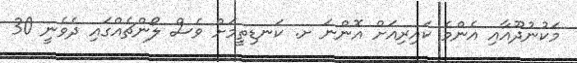
މަކުނުދޫއާއި އެންމެ ކައިރިއަށް އޮންނަ ށ. ކަނޑިތީމަށް ވެސް ލޯންޗެއްގައި ދެވެނީ 30